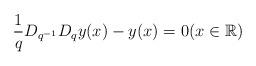
LaTeX: \begin{align*} \frac{1}{q} D_{q^{-1}} D_q y(x) -y(x)=0 (x \in\mathbb{R}) \end{align*}